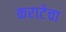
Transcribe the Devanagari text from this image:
कराटेचा